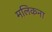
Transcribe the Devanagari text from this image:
मलिकना